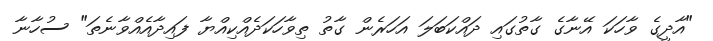
"އާދީގެ ވާހަކަ އޭނާގެ ގާތުގައި ދައްކަބަލަ އަހަރެން ގާތު ތިވާހަކަދެއްކިއްޔާ ފައިދާއެއްވާނެތަ" ސުހާނާ